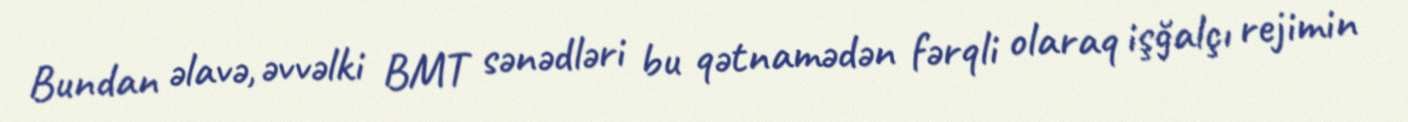
Bundan əlavə, əvvəlki BMT sənədləri bu qətnamədən fərqli olaraq işğalçı rejimin